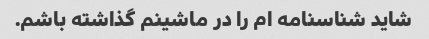
شاید شناسنامه ام را در ماشینم گذاشته باشم.